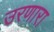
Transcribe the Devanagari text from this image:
उरणारा